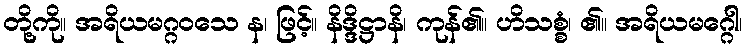
တို့ကို။ အရိယမဂ္ဂဝသေ န၊ ဖြင့်။ နိဒ္ဒိဋ္ဌာနိ၊ ကုန်၏။ ဟိသစ္စံ၊ ၏။ အရိယမဂ္ဂေါ၊